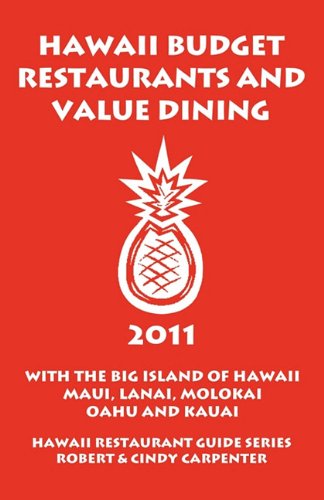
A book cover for Hawaii Budget Restaurants And Value Dining 2011 With The Big Island Of Hawaii, Maui, Lanai, Molokai, Oahu And Kauai; Cindy Carpenter; Travel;